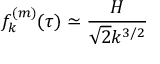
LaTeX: f _ { k } ^ { ( m ) } ( \tau ) \simeq \frac { H } { \sqrt { 2 } k ^ { 3 / 2 } }